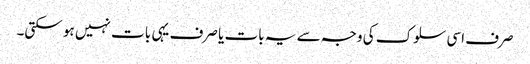
صرف اسی سلوک کی وجہ سے یہ بات یا صرف یہی بات نہیں ہو سکتی۔